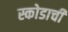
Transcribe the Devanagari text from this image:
स्कोडाची